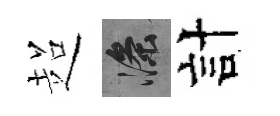
超滌計